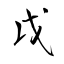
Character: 戉